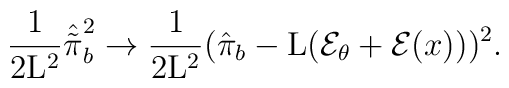
\frac{1}{2{\rm L}^2} \hat{\tilde{\pi}}_{b}^2 \rightarrow \frac{1}{2{\rm L}^2}(\hat{\pi}_b - {\rm L} ({\cal E}_{\theta} +{\cal E}(x)))^2.